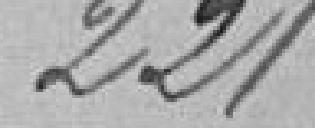
221